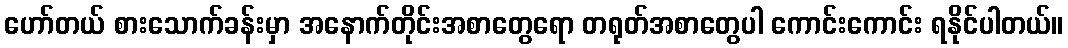
ဟော်တယ် စားသောက်ခန်းမှာ အနောက်တိုင်းအစာတွေရော တရုတ်အစာတွေပါ ကောင်းကောင်း ရနိုင်ပါတယ်။